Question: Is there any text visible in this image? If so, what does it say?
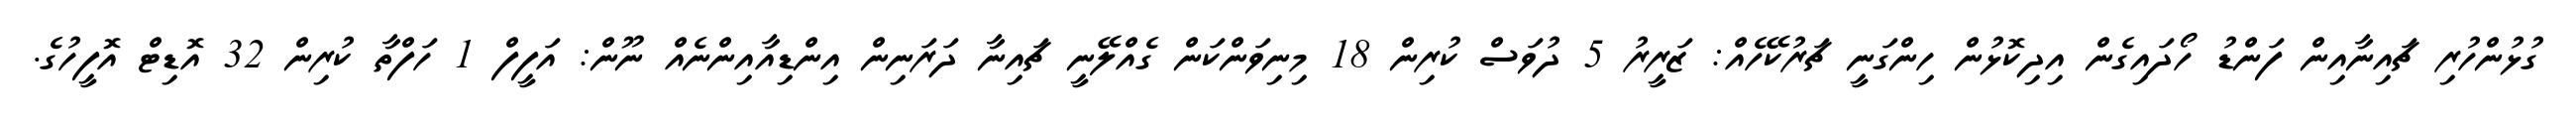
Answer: ގުޅުންހުރި ޗައިނާއިން ފަންޑު ހޯދައިގެން އިދިކޮޅުން ހިންގަނީ ޗަރުކޭހެއް: ޒަރީރު 5 ދުވަސް ކުރިން 18 މިނިވަންކަން ގެއްލޭނީ ޗައިނާ ދަރަނިން އިންޑިއާއިންނެއް ނޫން: އަފީފް 1 ހަފްތާ ކުރިން 32 އޮޑިޓް އޮފީހުގެ.